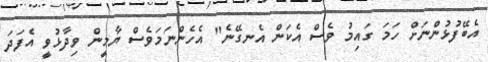
އެބޭފުޅުންނަށް ހަމަ ގައިމު ވެސް އެކަން އެނގޭނެ" އެހެންނަމަވެސް ޔާމީން ވިދާޅުވީ އެފަދަ